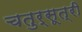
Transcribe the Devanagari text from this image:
चतुर्सूत्री